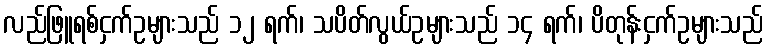
လည်ဖြူရစ်ငှက်ဥများသည် ၁၂ ရက်၊ သပိတ်လွယ်ဥများသည် ၁၄ ရက်၊ ပိတုန်းငှက်ဥများသည်